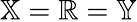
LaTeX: {\mathbb X}={\mathbb R}={\mathbb Y}